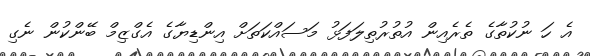
އެ ހަ ނުކުތާގެ ތެރެއިން އުތުރުތިލަފަޅު މަސައްކަތަށް އިންޑިޔާގެ އެގްޒިމް ބޭންކުން ނެގި